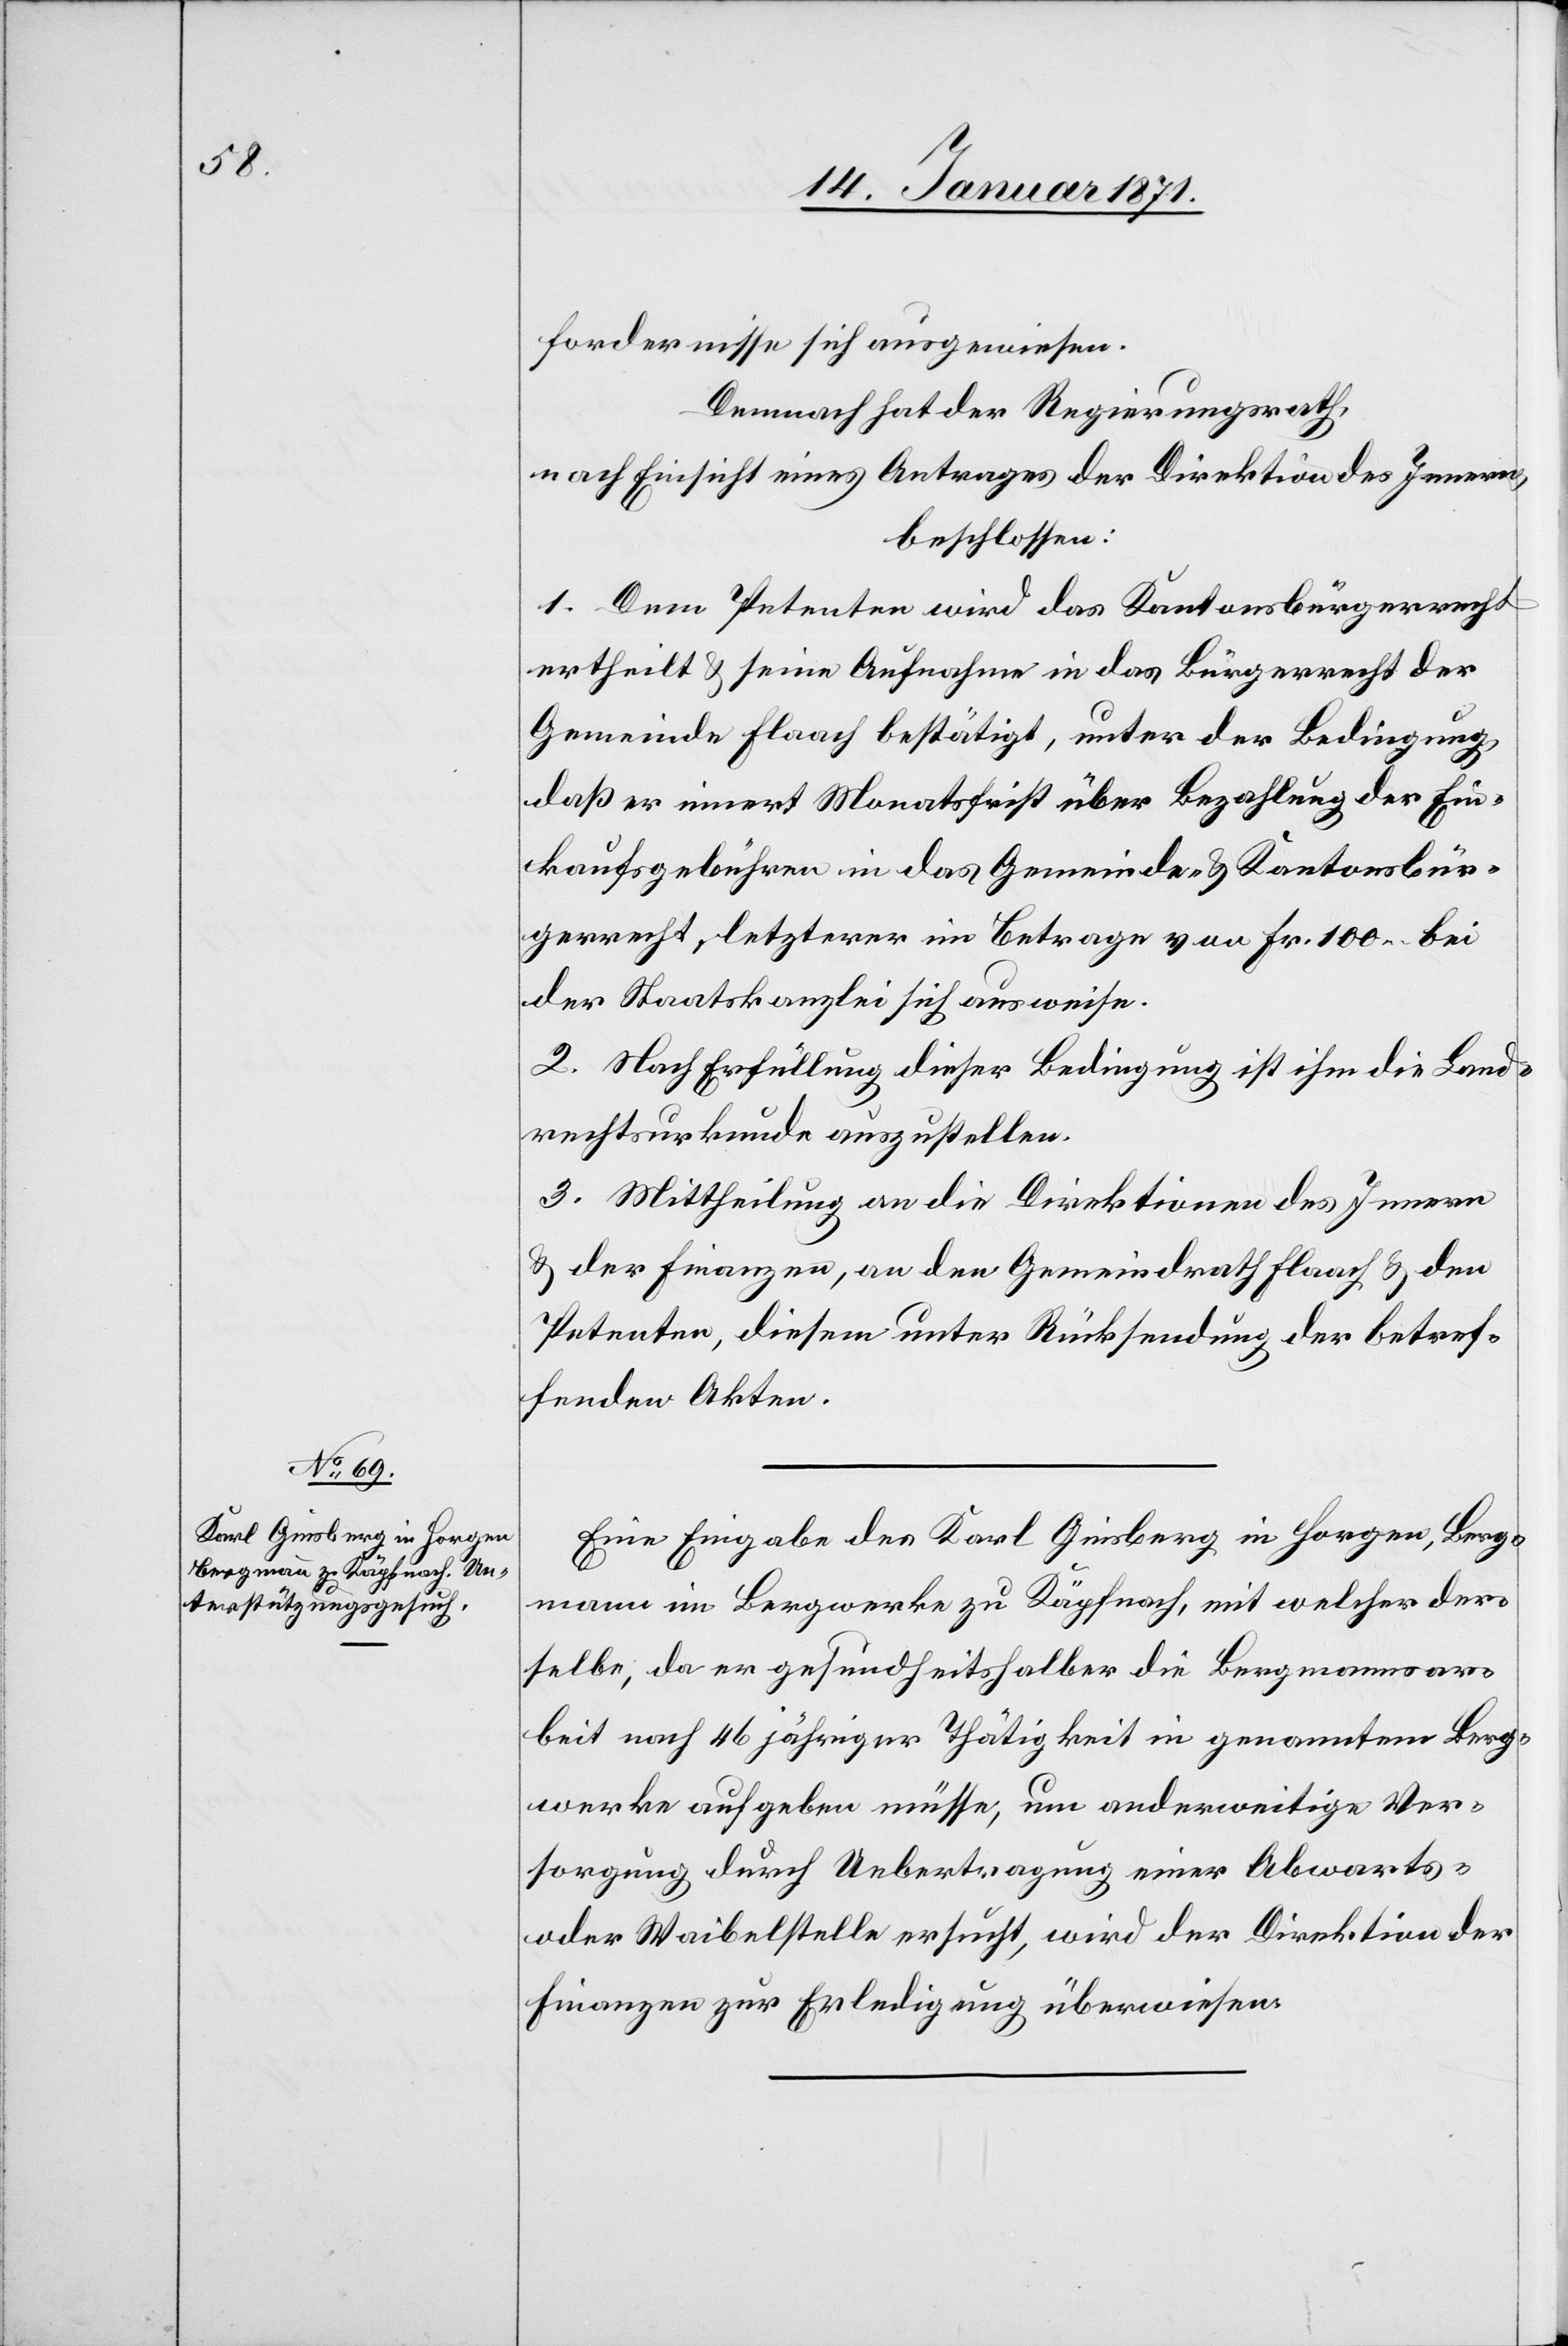
fordernisse sich ausgewiesen.
Demnach hat der Regierungsrath,
nach Einsicht eines Antrages der Direktion des Innern,
beschlossen:
1. Dem Petenten wird das Kantonsbürgerrecht
ertheilt u. seine Aufnahme in das Bürgerrecht der
Gemeinde Flaach bestätigt, unter der Bedingung,
daß er innert Monatsfrist über Bezahlung der Ein¬
kaufsgebühren in das Gemeinde- u. Kantonsbür¬
gerrecht, letzterer im Betrage von Fr. 100. bei
der Staatskanzlei sich ausweise.
2. Nach Erfüllung dieser Bedingung ist ihm die Land¬
rechtsurkunde auszustellen.
3. Mittheilung an die Direktion des Innern
u. der Finanzen, an den Gemeindrath Flaach u. den
Petenten, diesem unter Rücksendung der betref¬
fenden Akten.
Eine Eingabe des Karl Geisberg in Horgen, Berg¬
mann im Bergwerke zu Käpfnach, mit welcher der¬
selbe, da er gesundheitshalber die Bergmannsar¬
beit nach 46 jähriger Thätigkeit in genanntem Berg¬
werke aufgeben müsse, um anderweitige Ver¬
sorgung durch Uebertragung einer Abwarts-
oder Waibelstelle ersucht, wird der Direktion der
Finanzen zur Erledigung überwiesen.